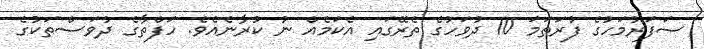
ޞަފަރުމަހުގެ ފުރަތަމަ 10 ދުވަހުގެ ތެރޭގައި އެކަމެއް ނު ކުރާނެއެވެ. ހަފްތާގެ ދުވަސްތަކުގެ